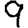
Digit: 9